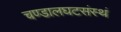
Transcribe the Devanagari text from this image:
चण्डालघटसंस्थं